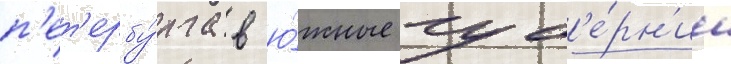
п'ет'ербу́рга в ю́жные губ'е́рн'ии